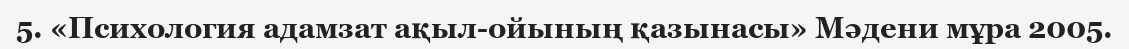
5. «Психология адамзат ақыл-ойының қазынасы» Мәдени мұра 2005.